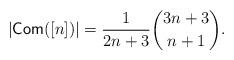
LaTeX: \begin{align*}|\mathsf{Com}([n])| = \dfrac{1}{2n+3} \binom{3n+3}{n+1}.\end{align*}